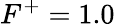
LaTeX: F^{+}=1.0